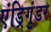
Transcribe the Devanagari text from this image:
एंड्रिगुंडर